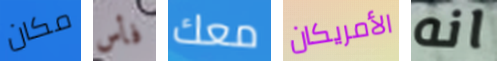
مكان فأس معك الأمريكان انه